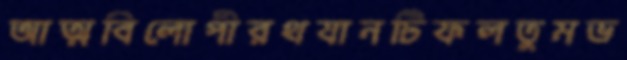
আত্মবিলোপীরথযানটিফলতুমভ